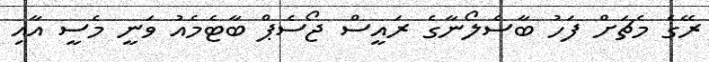
ރޭގެ މެޗަށް ފަހު ބާސެލޯނާގެ ރައީސް ޖޯސެޕް ބާޓެމެއު ވަނީ މެސީ އާއި